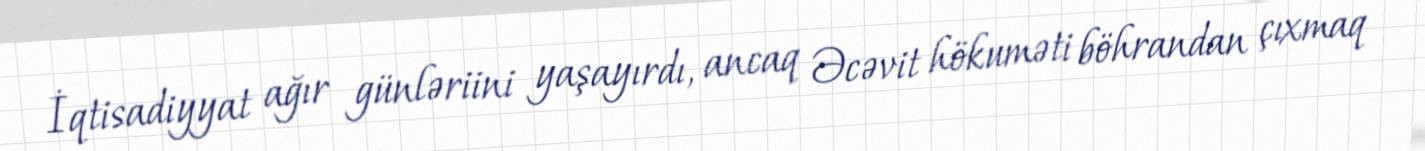
İqtisadiyyat ağır günləriini yaşayırdı, ancaq Əcəvit hökuməti böhrandan çıxmaq